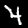
Digit: 4